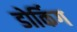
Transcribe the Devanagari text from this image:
डोर्किग